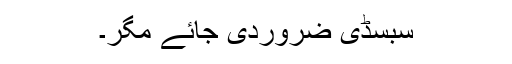
سبسڈی ضروردی جائے مگر۔